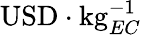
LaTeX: \mathrm{USD}\cdot\mathrm{kg}_{EC}^{-1}